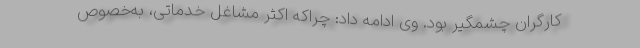
کارگران چشمگیر بود. وی ادامه داد: چراکه اکثر مشاغل خدماتی، به‌خصوص